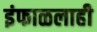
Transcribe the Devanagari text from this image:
इंफाळलाही